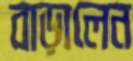
বাড়ালেন